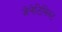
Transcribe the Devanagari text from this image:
जेनेटिसिस्ट